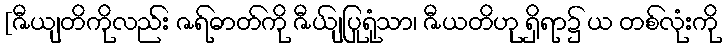
[ဇီယျတိကိုလည်း ဇရ်ဓာတ်ကို ဇီယျ်ပြုရုံသာ၊ ဇီယတိဟု ရှိရာ၌ ယ တစ်လုံးကို